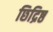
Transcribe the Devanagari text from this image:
छिद्रिष्ठ